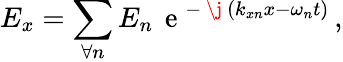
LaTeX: E_{x}=\displaystyle\sum_{\forall n}E_{n}\, \mathrm{~e~}^{-\mathrm{~\j~}(k_{xn}x-\omega_{n}t)}\, ,